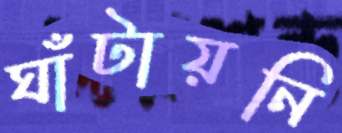
ঘাঁটায়নি